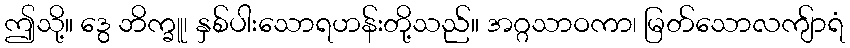
ဤသို့။ ဒွေ ဘိက္ခူ၊ နှစ်ပါးသောရဟန်းတို့သည်။ အဂ္ဂသာဝကာ၊ မြတ်သောလကျ်ာရံ